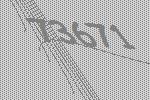
73671